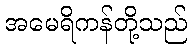
အမေရိကန်တို့သည်